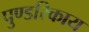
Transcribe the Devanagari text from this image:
पुण्डरिकाय